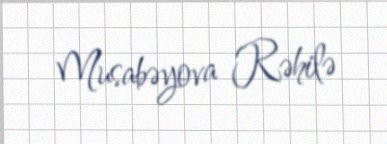
Musabəyova Rəhilə